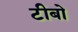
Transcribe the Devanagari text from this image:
टीबो